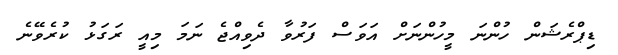
ޑިޕްރެޝަން ހުންނަ މީހުންނަށް އަވަސް ފަރުވާ ދެވިއްޖެ ނަމަ މިއީ ރަގަޅު ކުރެވޭނެ